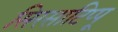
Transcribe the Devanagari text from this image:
सिरसाटिप्पू